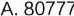
A.80777